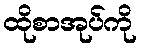
ထိုစာအုပ်ကို